Report on the working of the mental hospitals for Indians in Bihar and Orissa - 1925-1929
Year: 1925
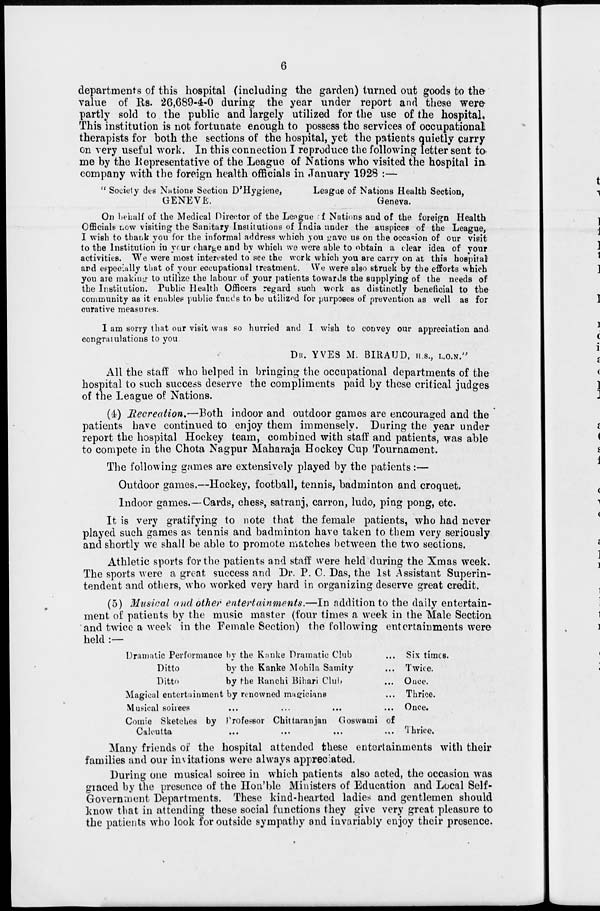
6
departments of this hospital (including the garden) turned out goods to the
value of Rs. 26,689-4-0 during the year under report and these were
partly sold to the public and largely utilized for the use of the hospital.
This institution is not fortunate enough to possess the services of occupational
therapists for both the sections of the hospital, yet the patients quietly carry
on very useful work. In this connection I reproduce the following letter sent to
me by the Representative of the League of Nations who visited the hospital in
company with the foreign health officials in January 1928 :—
" Society des Nations Section D'Hygiene,
GENEVE.
League of Nations Health Section,
Geneva.
On behalf of the Medical Director of the Lengue of Nations and of the foreign Health
Officials now visiting the Sanitary Institutions of India under the auspices of the League,
I wish to thank you for the informal address which you gave us on the occasion of our visit
to the Institution in your charge and by which we were able to obtain a clear idea of your
activities. We were most interested to see the work which you are carry on at this hospital
and especially that of your eccupational treatment. We were also struck by the efforts which
you are making to utilize the labour of your patients towards the supplying of the needs of
the Institution. Public Health Officers regard such work as distinctly beneficial to the
community as it enables public funds to be utilized for purposes of prevention as well as for
curative measures.
I am sorry that our visit was so hurried and I wish to convey our appreciation and.
congratulations to you
DR. YVES M. BIRAUD, H.S., L.O.N."
All the staff who helped in bringing the occupational departments of the
hospital to such success deserve the compliments paid by these critical judges
of the League of Nations.
(4) Recreation.—Both indoor and outdoor games are encouraged and the
patients have continued to enjoy them immensely. During the year under
report the hospital Hockey team, combined with staff and patients, was able
to compete in the Chota Nagpur Maharaja Hockey Cup Tournament.
The following games are extensively played by the patients:—
Outdoor games.—Hockey, football, tennis, badminton and croquet.
Indoor games.—Cards, chess, satranj, carron, ludo, ping pong, etc.
It is very gratifying to note that the female patients, who had never
played such games as tennis and badminton have taken to them very seriously
and shortly we shall be able to promote matches between the two sections.
Athletic sports for the patients and staff were held during the Xmas week.
The sports were a great success and Dr. P. C. Das, the 1st Assistant Superin-
tendent and others, who worked very hard in organizing deserve great credit.
(5) Musical and other entertainments.—In addition to the daily entertain-
ment of patients by the music master (four times a week in the Male Section
and twice a week in the Female Section) the following entertainments were
held :—
Dramatic Performance by the Kanke Dramatic Club ...
Ditto
by the Kanke Mobila Samity ...
Ditto
by the Ranchi Bihari Club ...
Magical entertainment by renowned magicians ...
Musical soirees ... ... ... ...
Comic Sketches by Professor Chittaranjan Goswami of
Calcutta
...
...
...
...
Six times.
Twice.
Ouce.
Thrice.
Once.
Thrice.
Many friends of the hospital attended these entertainments with their
families and our invitations were always appreciated.
During one musical soiree in which patients also acted, the occasion was
graced by the presence of the Hon'ble Ministers of Education and Local Self-
Government Departments. These kind-hearted ladies and gentlemen should
know that in attending these social functions they give very great pleasure to
the patients who look for outside sympathy and invariably enjoy their presence.